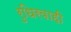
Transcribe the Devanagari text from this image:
रुधिरवाही